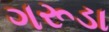
ગરૂડા